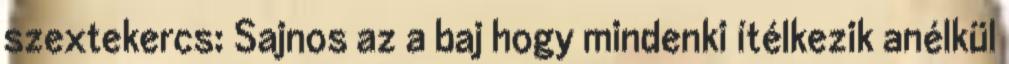
szextekercs: Sajnos az a baj hogy mindenki ítélkezik anélkül